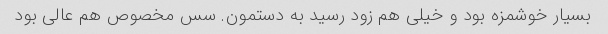
بسیار خوشمزه بود و خیلی هم زود رسید به دستمون. سس مخصوص هم عالی بود